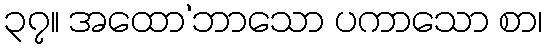
၃၇။ အထော’ဘာသော ပကာသော စာ၊